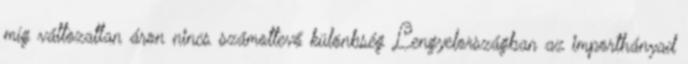
míg változatlan áron nincs számottevő különbség Lengyelországban az importhányad